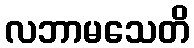
လဘာမသေတိ